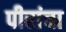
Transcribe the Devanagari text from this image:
पीरांचा